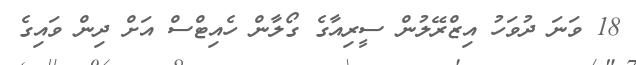
18 ވަނަ ދުވަހު އިޒްރޭލުން ސީރިއާގެ ގޯލާން ހެއިޓްސް އަށް ދިން ވައިގެ